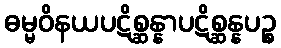
ဓမ္မဝိနယပဋိစ္ဆန္နာပဋိစ္ဆန္နပဉ္စ